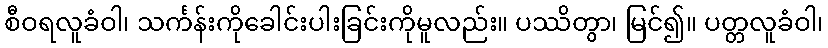
စီဝရလူခံဝါ၊ သင်္ကန်းကိုခေါင်းပါးခြင်းကိုမူလည်း။ ပဿိတွာ၊ မြင်၍။ ပတ္တလူခံဝါ၊